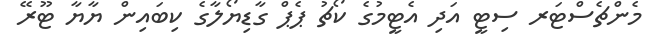
މެންޗެސްޓަރ ސިޓީ އަދި އެޓީމުގެ ކޯޗު ޕެޕް ގާޑިޔޯލާގެ ކިބައިން ޔާޔާ ޓޫރޭ